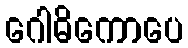
ဂေါဓိကောပေ